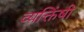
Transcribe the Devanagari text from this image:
व्यक्तिंषी